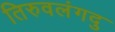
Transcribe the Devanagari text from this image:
तिरुवलंगदु